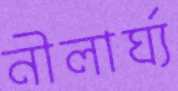
নীলার্ঘ্য